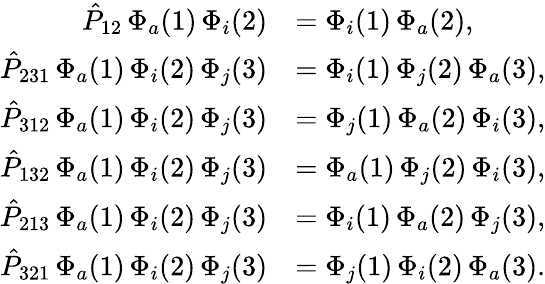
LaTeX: \begin{array}{rl}{\hat{P}_{12}\, \Phi_{a}(1)\, \Phi_{i}(2)}&{=\Phi_{i}(1)\, \Phi_{a}(2)\mathrm{,}}\\ {\hat{P}_{231}\, \Phi_{a}(1)\, \Phi_{i}(2)\, \Phi_{j}(3)}&{=\Phi_{i}(1)\, \Phi_{j}(2)\, \Phi_{a}(3)\mathrm{,}}\\ {\hat{P}_{312}\, \Phi_{a}(1)\, \Phi_{i}(2)\, \Phi_{j}(3)}&{=\Phi_{j}(1)\, \Phi_{a}(2)\, \Phi_{i}(3)\mathrm{,}}\\ {\hat{P}_{132}\, \Phi_{a}(1)\, \Phi_{i}(2)\, \Phi_{j}(3)}&{=\Phi_{a}(1)\, \Phi_{j}(2)\, \Phi_{i}(3)\mathrm{,}}\\ {\hat{P}_{213}\, \Phi_{a}(1)\, \Phi_{i}(2)\, \Phi_{j}(3)}&{=\Phi_{i}(1)\, \Phi_{a}(2)\, \Phi_{j}(3)\mathrm{,}}\\ {\hat{P}_{321}\, \Phi_{a}(1)\, \Phi_{i}(2)\, \Phi_{j}(3)}&{=\Phi_{j}(1)\, \Phi_{i}(2)\, \Phi_{a}(3)\mathrm{.}}\end{array}